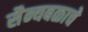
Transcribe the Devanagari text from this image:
सैन्यबळाचे